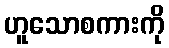
ဟူသောစကားကို